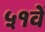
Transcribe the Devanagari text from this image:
५१वें